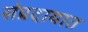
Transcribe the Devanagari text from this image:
संंप्रदायात